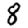
Digit: 8